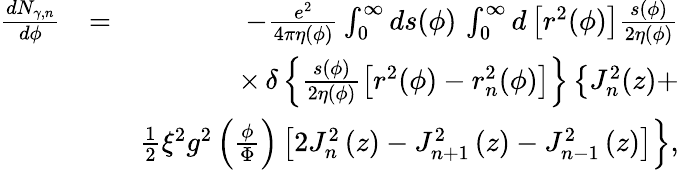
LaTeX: \begin{array}{rlr}{\frac{dN_{\gamma,n}}{d\phi}}&{=}&{-\frac{e^{2}}{4\pi\eta(\phi)}\int_{0}^{\infty}ds(\phi)\, \int_{0}^{\infty}d\left[r^{2}(\phi)\right]\frac{s(\phi)}{2\eta(\phi)}}\\ &{}&{\times\, \delta\left\{ \frac{s(\phi)}{2\eta(\phi)}\left[r^{2}(\phi)-r_{n}^{2}(\phi)\right]\right\} \left\{ J_{n}^{2}(z)+\right.}\\ &{}&{\left.\frac{1}{2}\xi^{2}g^{2}\left(\frac{\phi}{\Phi}\right)\left[2J_{n}^{2}\left(z\right)-J_{n+1}^{2}\left(z\right)-J_{n-1}^{2}\left(z\right)\right]\right\} ,}\end{array}